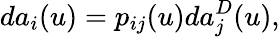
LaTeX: da_{i}(u)=p_{ij}(u)da_{j}^{D}(u),